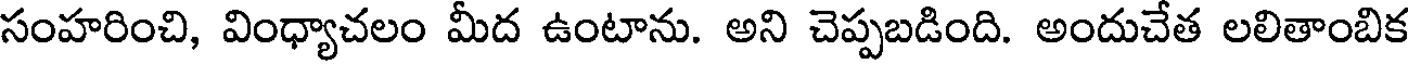
సంహరించి, వింధ్యాచలం మీద ఉంటాను. అని చెప్పబడింది. అందుచేత లలితాంబిక